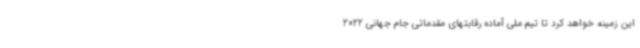
این زمینه خواهد کرد تا تیم ملی آماده رقابتهای مقدماتی جام جهانی 2022